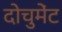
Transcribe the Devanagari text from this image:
दोचुमेंट